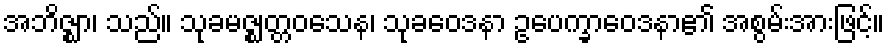
အဘိဇ္ဈာ၊ သည်။ သုခမဇ္ဈတ္တဝသေန၊ သုခဝေဒနာ ဥပေက္ခာဝေဒနာ၏ အစွမ်းအားဖြင့်။